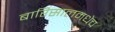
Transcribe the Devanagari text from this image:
बारिसालमधेच